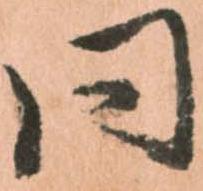
同